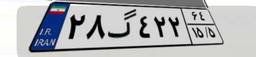
۲۸گ۴۲۲۶۴